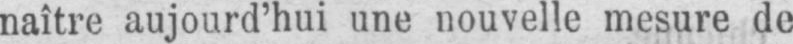
naître aujourd’hui une nouvelle mesure de